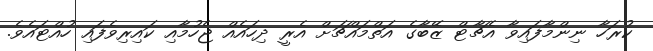
ކުރަހާ ނިންމާފައިވާ އެޗާޓް ޒޭބާގެ އަތްމައްޗަށް އެރީ ދިހައެއް ޖެހުމާއި ކައިރިވެފައި ހުއްޓައެވެ.